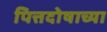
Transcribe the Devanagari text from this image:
पित्तदोषाच्या